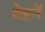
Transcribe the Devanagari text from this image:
वेष्टनें